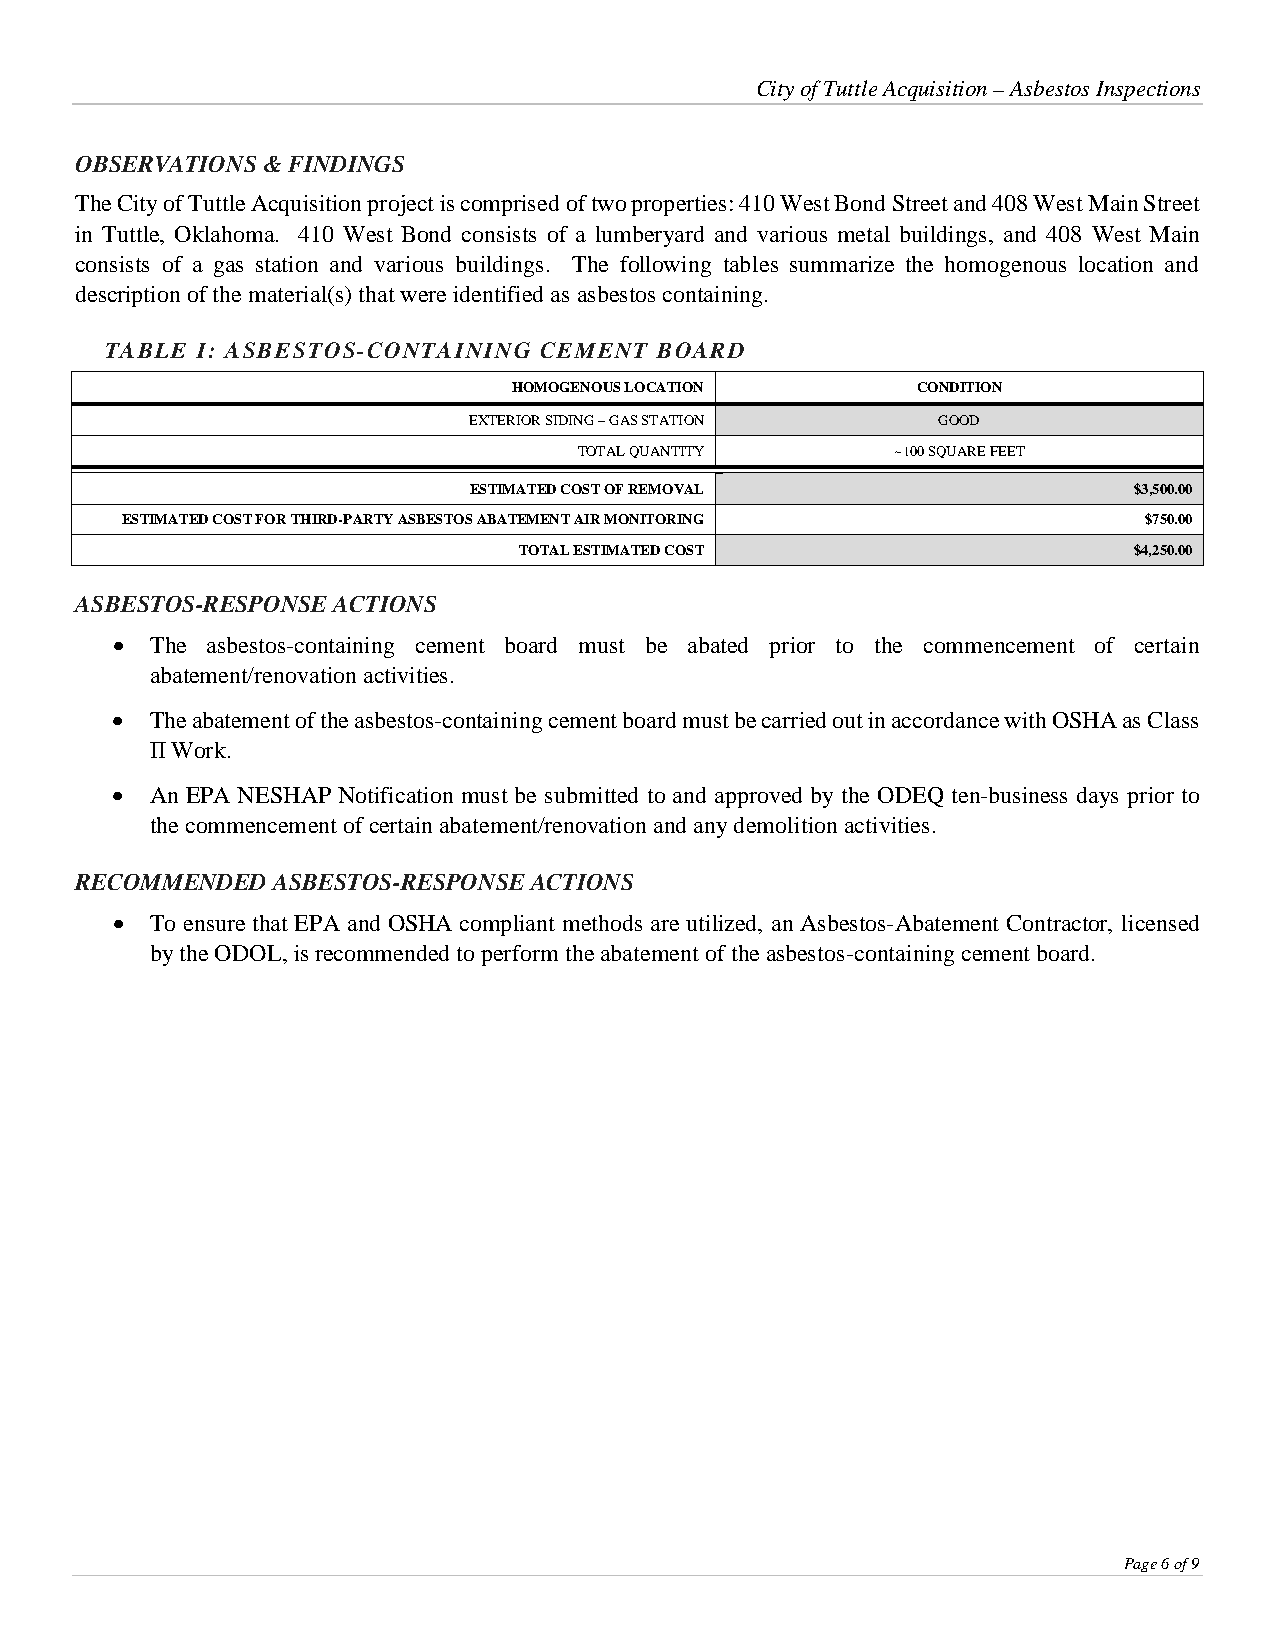
City of Tuttle Acquisition – Asbestos Inspections
 OBSERVATIONS & FINDINGS
 The City of Tuttle Acquisition project is comprised of two properties: 410 West Bond Street and 408 West Main Street
 in Tuttle, Oklahoma. 410 West Bond consists of a lumberyard and various metal buildings, and 408 West Main
 consists of a gas station and various buildings. The following tables summarize the homogenous location and
 description of the material(s) that were identified as asbestos containing.
 TABLE I: ASBESTOS-CONTAINING CEMENT  BOARD
 HOMOGENOUS LOCATION        CONDITION
 EXTERIOR SIDING – GAS STATION  GOOD
 TOTAL QUANTITY       ~100 SQUARE FEET
 ESTIMATED COST OF REMOVAL                   $3,500.00
 ESTIMATED COST FOR THIRD-PARTY ASBESTOS ABATEMENT AIR MONITORING    $750.00
 TOTAL ESTIMATED COST                     $4,250.00
 ASBESTOS-RESPONSE ACTIONS
 •  The asbestos-containing cement board must be abated prior to the commencement of certain
 abatement/renovation activities.
 •  The abatement of the asbestos-containing cement board must be carried out in accordance with OSHA as Class
 II Work.
 •  An EPA NESHAP Notification must be submitted to and approved by the ODEQ ten-business days prior to
 the commencement of certain abatement/renovation and any demolition activities.
 RECOMMENDED  ASBESTOS-RESPONSE ACTIONS
 •  To ensure that EPA and OSHA compliant methods are utilized, an Asbestos-Abatement Contractor, licensed
 by the ODOL, is recommended to perform the abatement of the asbestos-containing cement board.
 Page 6 of 9